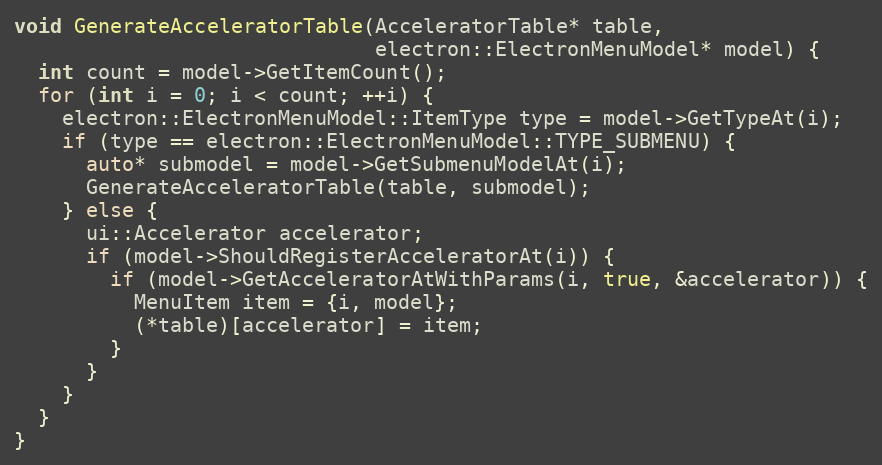
Language: C++
void GenerateAcceleratorTable(AcceleratorTable* table,
                              electron::ElectronMenuModel* model) {
  int count = model->GetItemCount();
  for (int i = 0; i < count; ++i) {
    electron::ElectronMenuModel::ItemType type = model->GetTypeAt(i);
    if (type == electron::ElectronMenuModel::TYPE_SUBMENU) {
      auto* submodel = model->GetSubmenuModelAt(i);
      GenerateAcceleratorTable(table, submodel);
    } else {
      ui::Accelerator accelerator;
      if (model->ShouldRegisterAcceleratorAt(i)) {
        if (model->GetAcceleratorAtWithParams(i, true, &accelerator)) {
          MenuItem item = {i, model};
          (*table)[accelerator] = item;
        }
      }
    }
  }
}